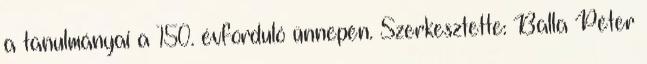
a tanulmányai a 150. évforduló ünnepén. Szerkesztette: Balla Péter